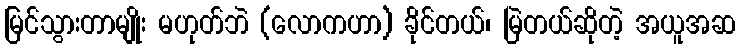
မြင်သွားတာမျိုး မဟုတ်ဘဲ (လောကဟာ) ခိုင်တယ်၊ မြဲတယ်ဆိုတဲ့ အယူအဆ